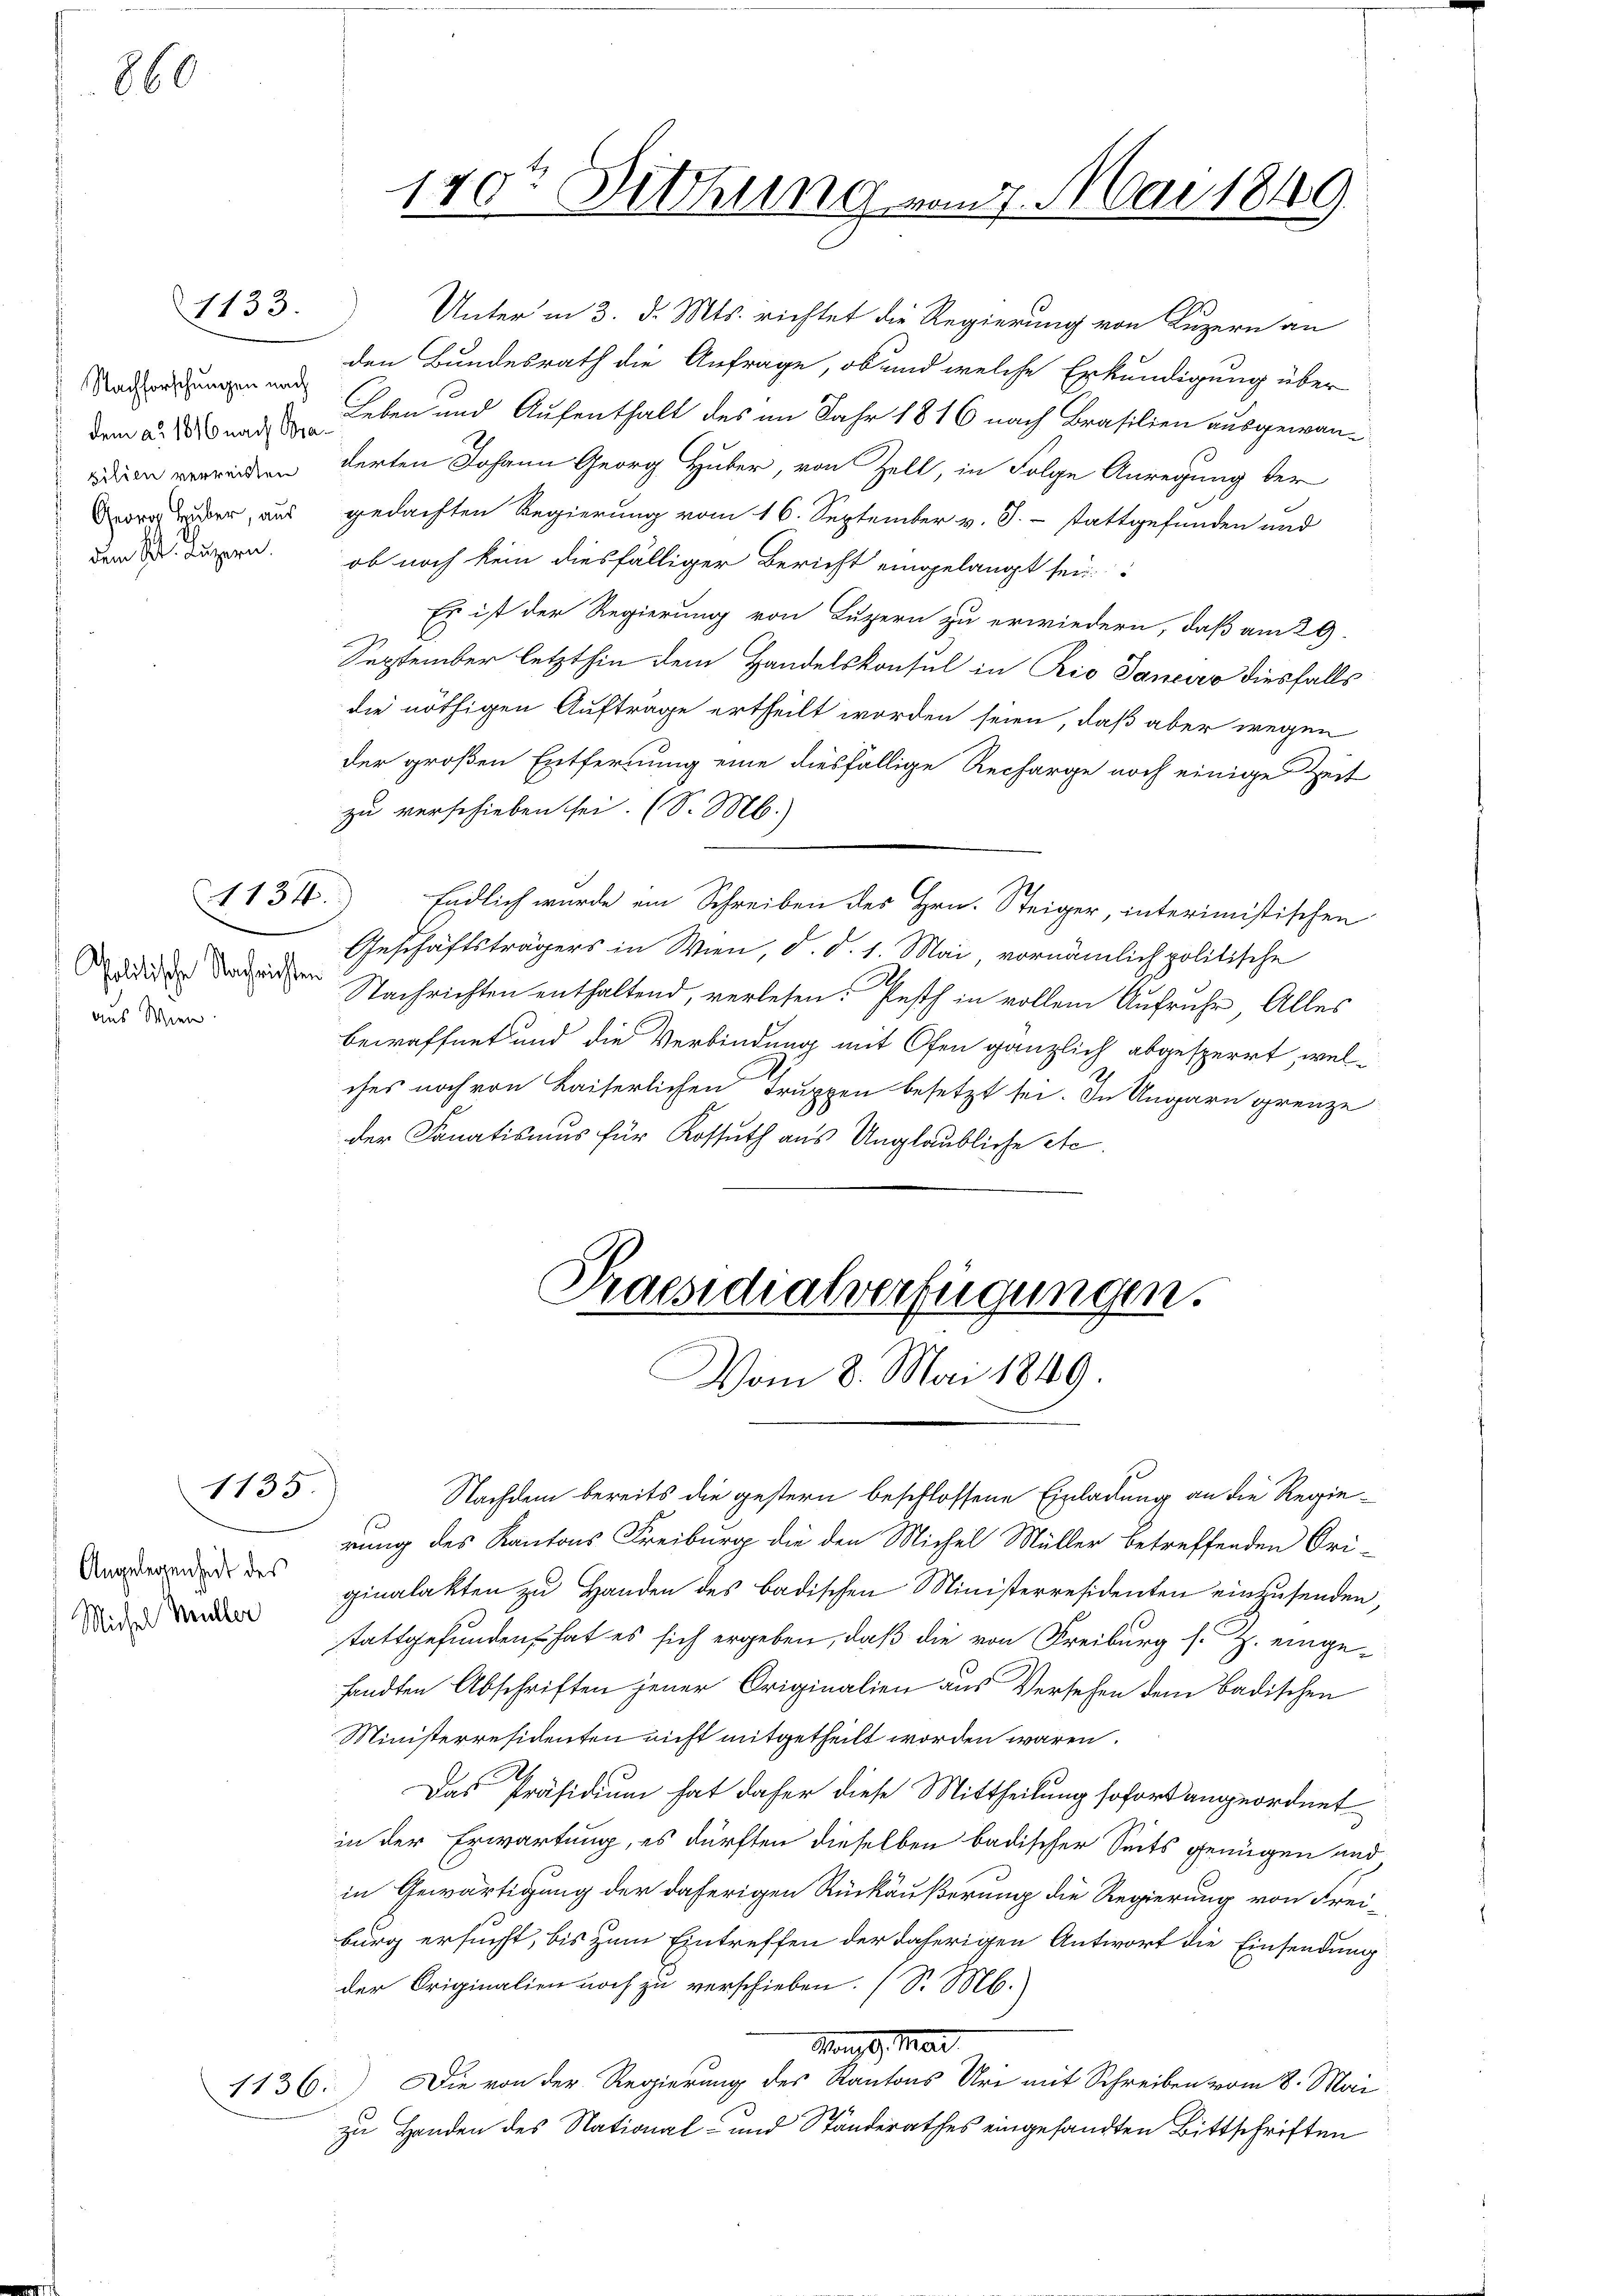
860

Nachforschungen nach
zilien verreisten
den St. Luzern.

1133.

politische Nachrichten
aus Wien.

1135.

Angelegenheit des
Michel Müller

dem a. 2 und Leben und Aufenthalt des im Jahr 1816 nach Brasilien ausgewanderten Johann Georg Huber, von Zell, in Folge Anregung der
order, aus gedachten Regierung vom 16. September v. J. stattgefunden und
ob noch kein diesfälliger Bericht eingelangt sey.
Es ist der Regierung von Luzern zu erwiedern, daß am 29.
September letzthin dem Handelskonsul in Rio Sanener diesfalls
die nöthigen Aufträge ertheilt worden seien, daß aber wegen
der großen Entfernung eine diesfällige Recharge noch einige Zeit
zu verschieben sei. (S. M.)
1134.) Endlich wurde ein Schreiben des Hrn. Steiger, interimistischen
Geschäftsträgers in Wien, d. d. 1. Mai, vornämlich politische
Nachrichten enthaltend, verlesen. Pesth in vollem Aufruhe, Alles
bewaffnet und die Verbindung mit Ofen gänzlich abgesperrt, welches noch von Kaiserlichen Truppen besetzt sei. In Ungarn grenze
der Fanatismus für Kossuth aus Unglaubliche etc.

170r Dittung vom 7. Mai 1849.

Unter in 3. d. Mts. richtet die Regierung von Luzern an
den Bundesrath die Anfrage, ob und welche Erkundigung über

Praesidialverfügungen.
Vom 8. Mai 1849.

Nachdem bereits die gestern beschlossene Einladung an die Regierung des Kantons Freiburg die den Michel Müller betreffenden Ori-
ginalakten zu Handen des badischen Ministerresidenten einzusenden,
stattgefunden, hat es sich ergeben, daß die von Freiburg s. Z. eingesandten Abschriften jener Originalien aus Versehen dem Badischen
Ministerresidenten nicht mitgetheilt worden wären.
Das Präsidium hat daher diese Mittheilung sofort angeordnet
in der Erwartung, es dürften dieselben badischer Seits genügen und
in Gewärtigung der daherigen Rückäußerung die Regierung von Freiburg ersucht, bis zum Eintreffen der daherigen Antwort die Einsendung
der Originalien noch zu verschieben. (S. M.
Man, 9. Mar
1136) Die von der Regierung des Kantons Uri mit Schreiben vom 8. Mai
zu Handen des National- und Ständerathes eingesandten Bittschriften